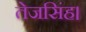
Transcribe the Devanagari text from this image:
तेजसिंह।